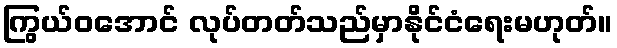
ကြွယ်ဝအောင် လုပ်တတ်သည်မှာနိုင်ငံရေးမဟုတ်။